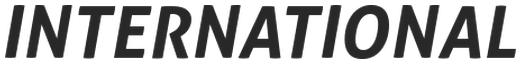
INTERNATIONAL